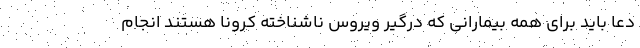
دعا باید برای همه بیمارانی که درگیر ویروس ناشناخته کرونا هستند انجام